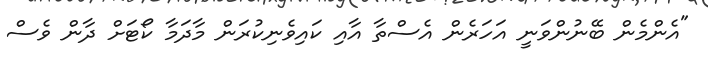
"އެންމެން ބޭނުންވަނީ އަހަރެން އެސްތާ އާއި ކައިވެނިކުރަން މާދަމާ ކޯޓަށް ދާން ވެސް